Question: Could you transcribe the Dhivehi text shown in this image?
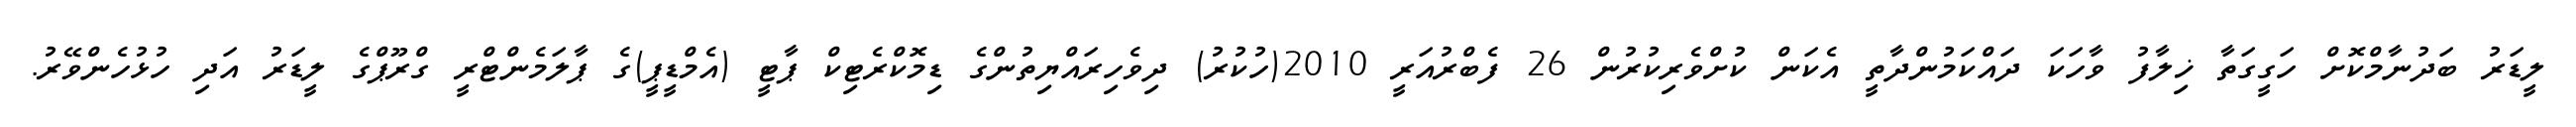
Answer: ލީޑަރު ބަދުނާމްކޮށް ހަގީގަތާ ޚިލާފު ވާހަކަ ދައްކަމުންދާތީ އެކަން ކުށްވެރިކުރުން 26 ފެބްރުއަރީ 2010(ހުކުރު) ދިވެހިރައްޔިތުންގެ ޑިމޮކްރެޓިކް ޕާޓީ (އެމްޑީޕީ)ގެ ޕާލަމެންޓްރީ ގްރޫޕްގެ ލީޑަރު އަދި ހުޅުހެންވޭރު.